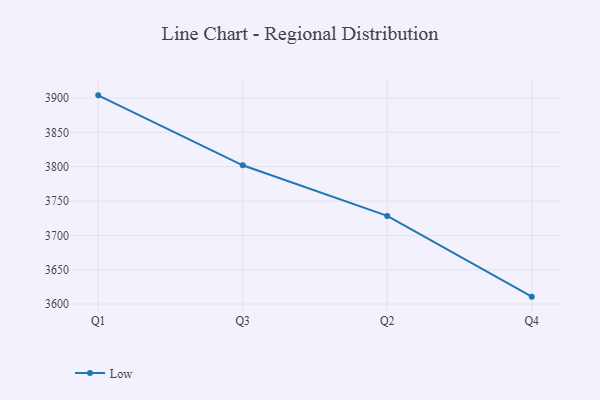
{"axis": {"x": "Quarter", "y": "Tickets Resolved"}, "legend": ["Low"], "data": [{"x": "Q1", "y": 3903.8, "type": "Low"}, {"x": "Q3", "y": 3802.0, "type": "Low"}, {"x": "Q2", "y": 3728.3, "type": "Low"}, {"x": "Q4", "y": 3610.8, "type": "Low"}]}